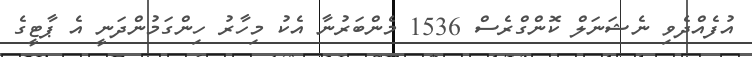
އުފެއްދެވި ނެޝަނަލް ކޮންގްރެސް 1536 މެންބަރުނާ އެކު މިހާރު ހިންގަމުންދަނީ އެ ޕާޓީގެ